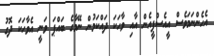
އެހެންނަމަވެސް އީއެސްޕީއެން އާއި ވާހަކަ ދައްކަމުން ނޭމާގެ ބައްޕަ ވަނީ އެވާހަކަ ދޮގު